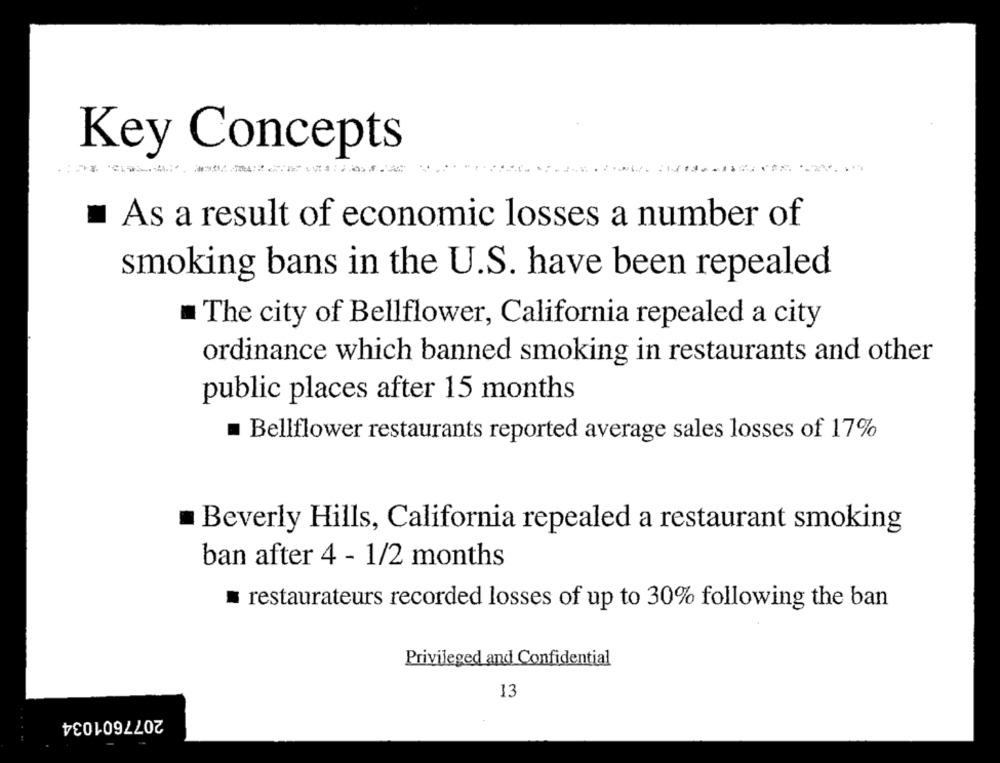
Key Concepts
As a result of economic losses a number of
smoking bans in the U.S. have been repealed
The city of Bellflower, California repealed a city
ordinance which banned smoking in restaurants and other
public places after 15 months
Bellflower restaurants reported average sales losses of 17%
Beverly Hills, California repealed a restaurant smoking
ban after 4 - 1/2 months
restaurateurs recorded losses of up to 30% following the ban
Privileged and Confidential
13
2077601034